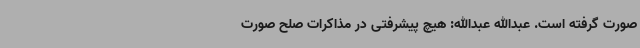
صورت گرفته است. عبدالله عبدالله: هیچ پیشرفتی در مذاکرات صلح صورت